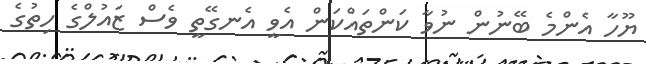
ޔޫހާ އެންމެ ބޭނުން ނުވާ ކަންތައްކަން އެވީ އެނގޭތީ ވެސް ޒައުލްގެ ހިތުގެ